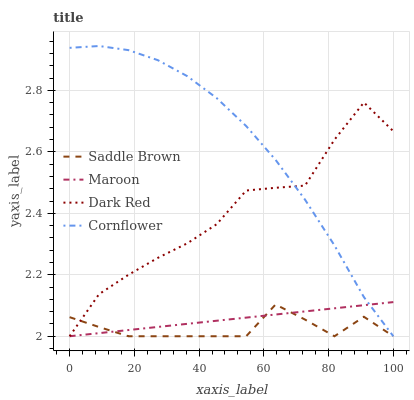
| xaxis_label | Saddle Brown | Maroon | Dark Red | Cornflower |
 | --- | --- | --- | --- | --- |
 | 0 | 2.06 | 2 | 2 | 2.94 |
 | 9.09 | 2.03 | 2.01 | 2.14 | 2.94 |
 | 18.2 | 2 | 2.02 | 2.2 | 2.93 |
 | 27.3 | 2 | 2.03 | 2.26 | 2.9 |
 | 36.4 | 2 | 2.04 | 2.3 | 2.85 |
 | 45.5 | 2 | 2.05 | 2.36 | 2.77 |
 | 54.5 | 2 | 2.06 | 2.47 | 2.68 |
 | 63.6 | 2.1 | 2.07 | 2.48 | 2.57 |
 | 72.7 | 2.05 | 2.08 | 2.49 | 2.44 |
 | 81.8 | 2 | 2.09 | 2.64 | 2.3 |
 | 90.9 | 2.06 | 2.1 | 2.76 | 2.13 |
 | 100 | 2 | 2.11 | 2.67 | 2 |